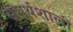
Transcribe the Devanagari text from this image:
समर्थशाली